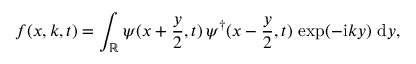
f ( x , k , t ) = \int _ { \mathbb { R } } \psi ( x + \frac { y } { 2 } , t ) \, \psi ^ { \dagger } ( x - \frac { y } { 2 } , t ) \, \exp ( - \mathrm { i } k y ) ~ \mathrm { d } y ,